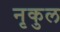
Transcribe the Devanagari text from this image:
नृकुल